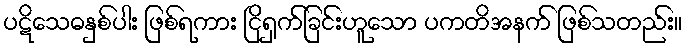
ပဋိသေဓနှစ်ပါး ဖြစ်ရကား ငြိရှက်ခြင်းဟူသော ပကတိအနက် ဖြစ်သတည်း။